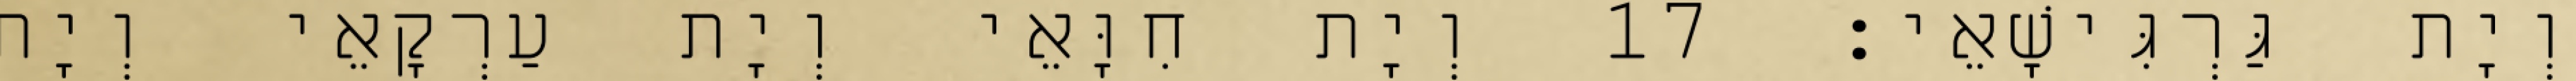
וְיָת גַּרְגִּישָׁאֵי׃ 17 וְיָת חִוָּאֵי וְיָת עַרְקָאֵי וְיָת